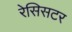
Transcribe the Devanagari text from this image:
रेसिसटर